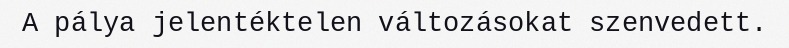
A pálya jelentéktelen változásokat szenvedett.